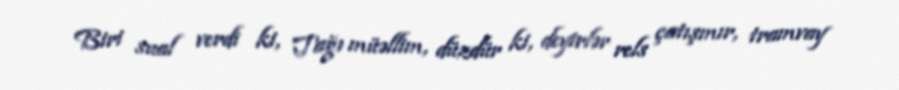
Biri sual verdi ki, Tağı müəllim, düzdür ki, deyirlər rels çatışmır, tramvay